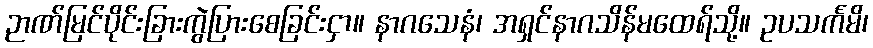
ဉာဏ်မြင်ပိုင်းခြားကွဲပြားစေခြင်းငှာ။ နာဂသေနံ၊ အရှင်နာဂသိန်မထေရ်သို့။ ဥပသင်္ကမိ၊